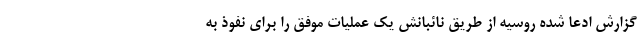
گزارش ادعا شده روسیه از طریق نائبانش یک عملیات موفق را برای نفوذ به